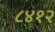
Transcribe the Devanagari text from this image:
८४१२